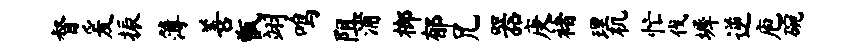
督爰振簿善甑翊鸣阻浦榔郁兄器庚褚理机忙伐墀逆庖碗